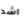
اشد